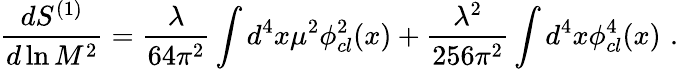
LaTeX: {\frac{dS^{(1)}}{d\ln M^{2}}}={\frac{\lambda}{64\pi^{2}}}\int d^{4}x\mu^{2}\phi_{cl}^{2}(x)+{\frac{\lambda^{2}}{256\pi^{2}}}\int d^{4}x\phi_{cl}^{4}(x)\, \, .